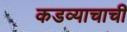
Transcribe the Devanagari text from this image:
कडव्याचाची